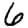
Digit: 6